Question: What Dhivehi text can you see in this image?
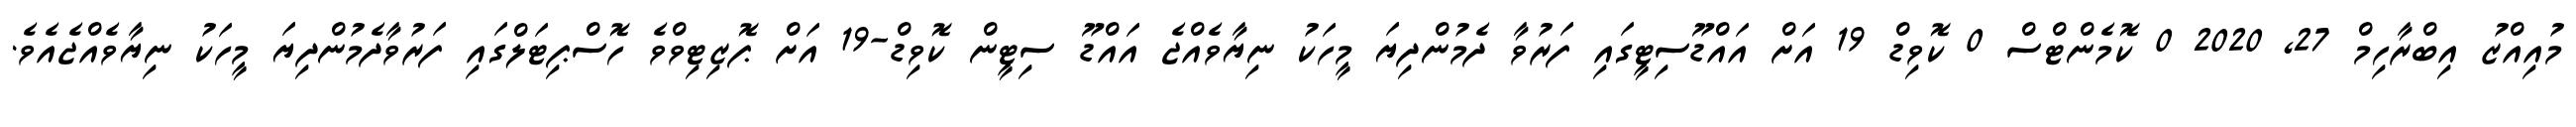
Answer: މުއިއްޒު އިބްރާހިމް 27, 2020 0 ކޮމެންޓްސް 0 ކޮވިޑް 19 އަށް އައްޑޫސިޓީގައި ފަރުވާ ދެމުންދިޔަ މީހަކު ނިޔާވެއްޖެ އައްޑޫ ސިޓީން ކޮވިޑް-19 އަށް ޕޮޒިޓިވްވެ ހޮސްޕިޓަލްގައި ފަރުވާދެމުންދިޔަ މީހަކު ނިޔާވެއްޖެއެވެ.